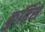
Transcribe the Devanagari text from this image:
कुर्तिस